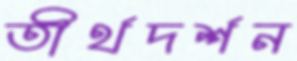
তীর্থদর্শন